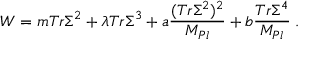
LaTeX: W = m T r \Sigma ^ { 2 } + \lambda T r \Sigma ^ { 3 } + a { \frac { ( T r \Sigma ^ { 2 } ) ^ { 2 } } { M _ { P l } } } + b { \frac { T r \Sigma ^ { 4 } } { M _ { P l } } } \; .